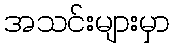
အသင်းများမှာ